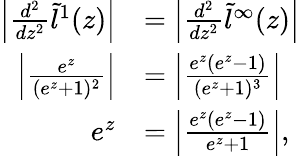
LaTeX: \begin{array}{rl}{\left|\frac{d^{2}}{dz^{2}}\tilde{l}^{1}(z)\right|}&{=\left|\frac{d^{2}}{dz^{2}}\tilde{l}^{\infty}(z)\right|}\\ {\left|\frac{e^{z}}{(e^{z}+1)^{2}}\right|}&{=\left|\frac{e^{z}(e^{z}-1)}{(e^{z}+1)^{3}}\right|}\\ {e^{z}}&{=\left|\frac{e^{z}(e^{z}-1)}{e^{z}+1}\right|,}\end{array}